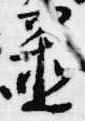
置